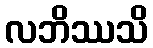
လဘိဿသိ